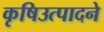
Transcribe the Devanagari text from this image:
कृषिउत्पादने